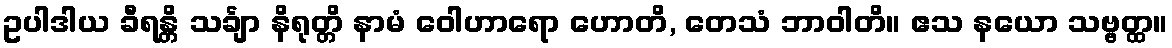
ဥပါဒါယ ခီရန္တိ သင်္ချာ နိရုတ္တိ နာမံ ဝေါဟာရော ဟောတိ, တေသံ ဘာဝါတိ။ ဧသ နယော သဗ္ဗတ္ထ။